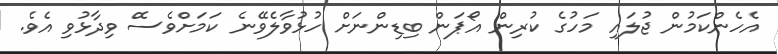
އެހެންކަމުން ޖުލައި މަހުގެ ކުރިން އޯޕަން ބިޑިންނަށް ހުޅުވާލެވޭނެ ކަމަށްވެސެް ވިދާޅުވި އެވެ.